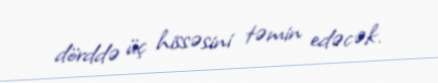
dörddə üç hissəsini təmin edəcək.